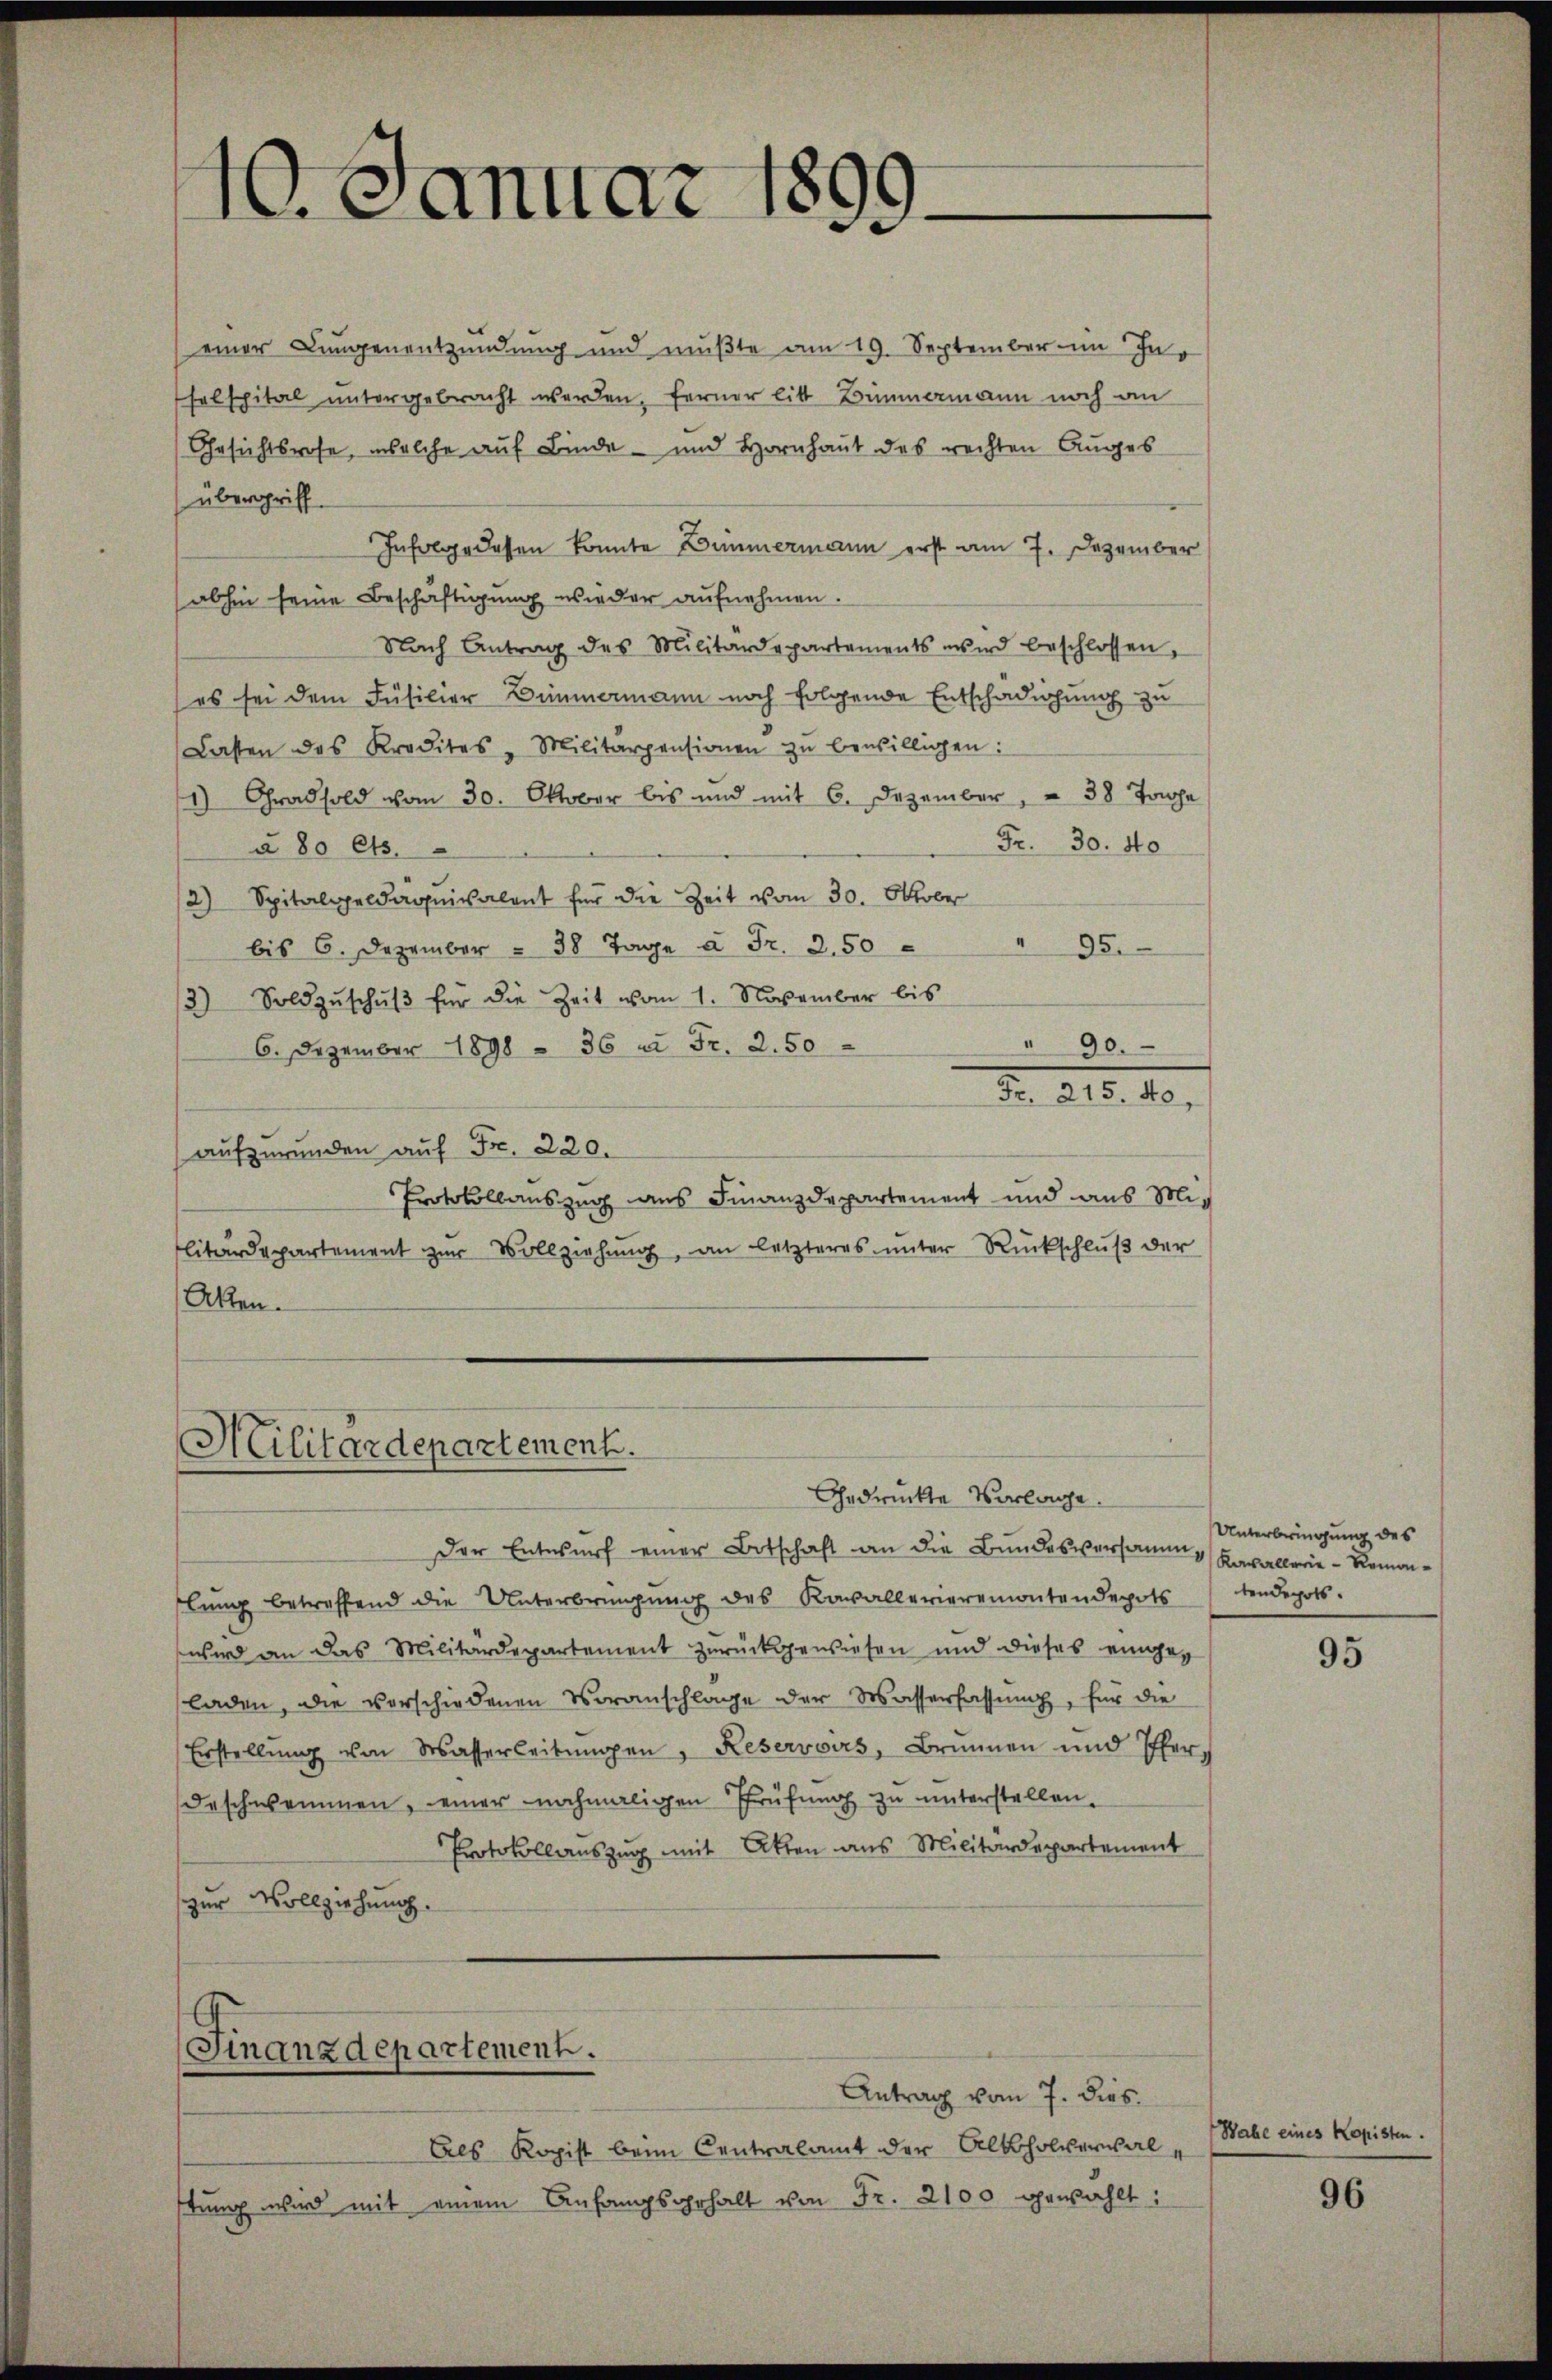
¬
16. Januar 189
d

einer Lungenentzündung und mußte am 19. September im Inselspital untergebracht werden, ferner litt. Bummamann noch an
Gesichtsrose, welche auf Binde- und Hornhaut des rechten Auges
übergriff
Infolge dessen konnte Zimmermann erst am 7. Dezember
abhin seine Beschäftigung wieder aufnehmen.
Nach Antrag des Militärdepartements wird beschlossen,
es sei dem Füsilier Zimmermann noch folgende Entschädigung zu
Lasten des Kredites - Militärpensionen zŭ bewilligen:
1) Grad sold vom 30. Oktober bis und mit 6. Dezember, " 38 Joche
Fr. 30. 40
§ 80 Cts.
2) Spitalgeldäqŭivalent für die Zeit vom 30. Oktober
bis 6. Dezember 38 Tage à Fr. 2.50 " " 95.
3) Sold zŭschŭβ für die Zeit vom 1. November bis
" 90.
6. Dezember 1898 - 36 u. Fr. 2.50
No. 815. 10.
aŭfzŭrŭnden aŭf Fr. 220.
Protokollauszug aus Finanzdepartement und aus Militärdepartement zur Vollziehung, an letzteres unter Rückschluß der
Aken.

Militärdepartement.
Gedrückte Vorlage.

Der Entwurf einer Botschaft an die Bundesversamm, Kavallerie-Remonlŭng betreffend die Unterbringŭng des Kavallerieremontendepots tendepots.
wird an das Militärdepartement zurückgewiesen und dieses eingeladen, die verschiedenen Voranschläge der Wasserfassung, für die
Erstellŭng von Wasserleitŭngen, Reservoirs, Brunnen und Pferdeschwommen, einer nochmaligen Prüfung zu unterstellen.
Protokollauszug mit Akten aus Militärdepartement
zur Vollziehung.

Finanzdepartement.

Antrag vom 7. dies
Als Kopist beim Centralamt der Alkoholverwal
stŭng wird mit einem Anfangsgehalt von Fr. 2100 gewählt:

Unterbringung des

95

Wahl eines Kopisten.
I

96